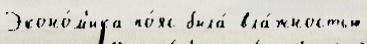
Эконо́м'ика по́яс была́ вла́жностью